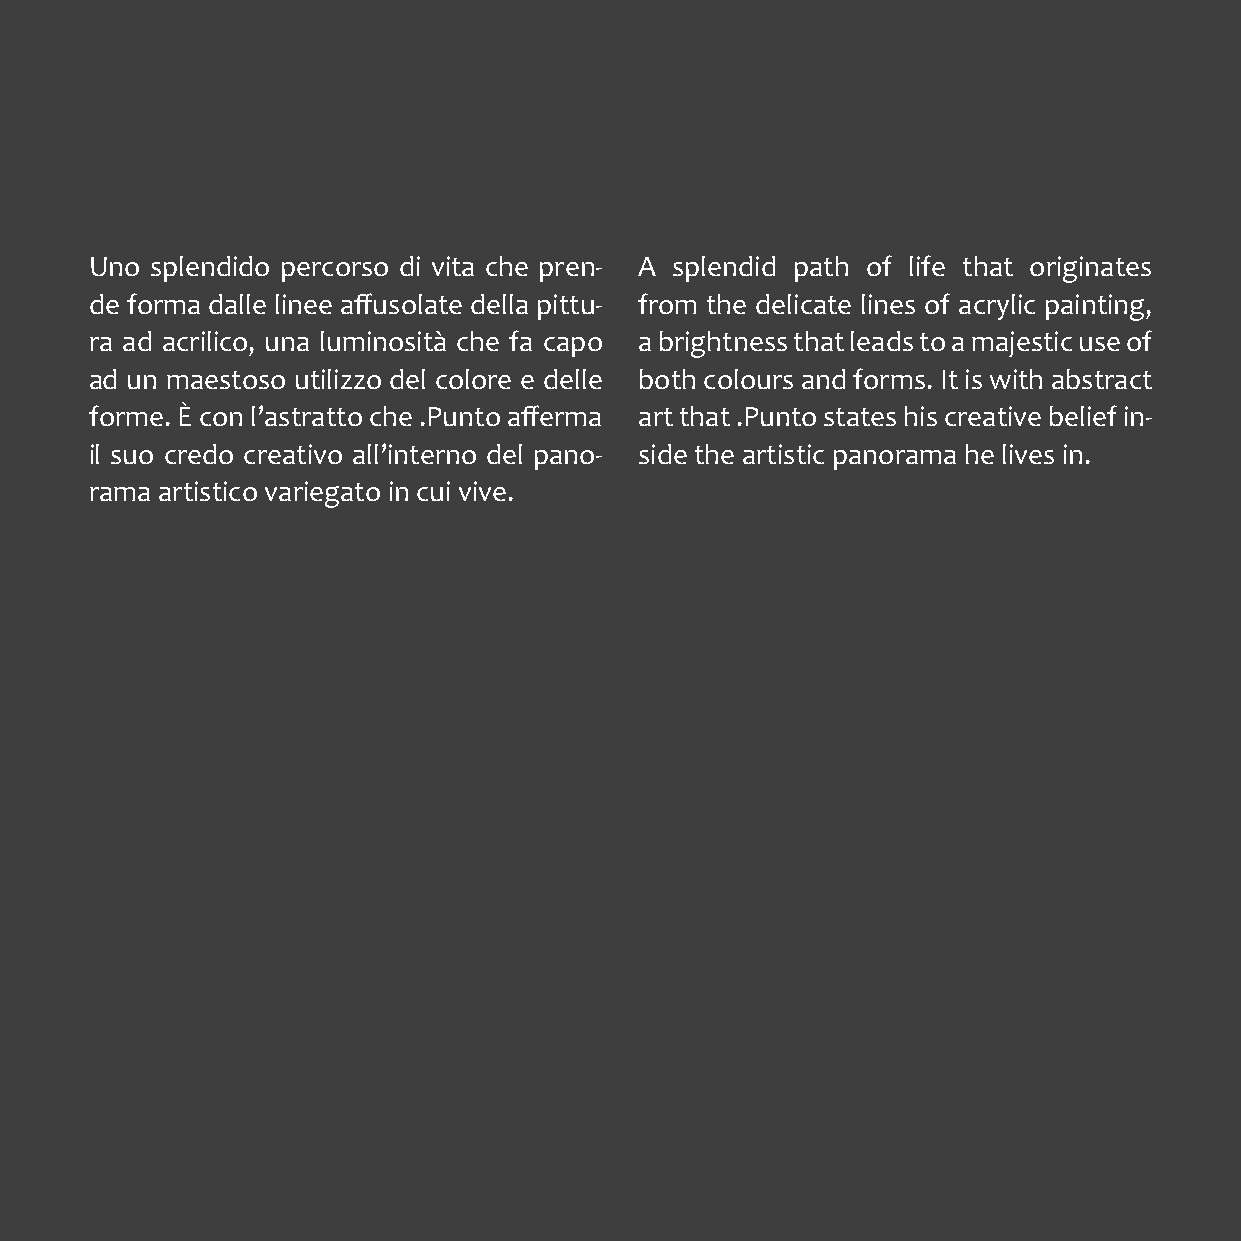
Uno splendido percorso di vita che pren- A splendid path of life that originates
 de forma dalle linee affusolate della pittu- from the delicate lines of acrylic painting,
 ra ad acrilico, una luminosità che fa capo a brightness that leads to a majestic use of
 ad un maestoso utilizzo del colore e delle both colours and forms. It is with abstract
 forme. È con l’astratto che .Punto afferma art that .Punto states his creative belief in-
 il suo credo creativo all’interno del pano- side the artistic panorama he lives in.
 rama artistico variegato in cui vive.